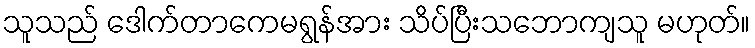
သူသည် ဒေါက်တာကေမရွန်အား သိပ်ပြီးသဘောကျသူ မဟုတ်။